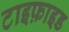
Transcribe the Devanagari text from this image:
टाइफ़ाइड